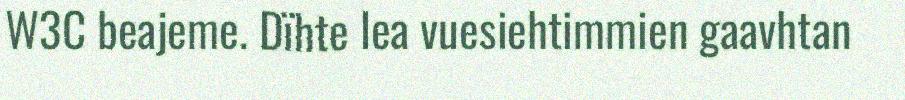
W3C beajeme. Dïhte lea vuesiehtimmien gaavhtan